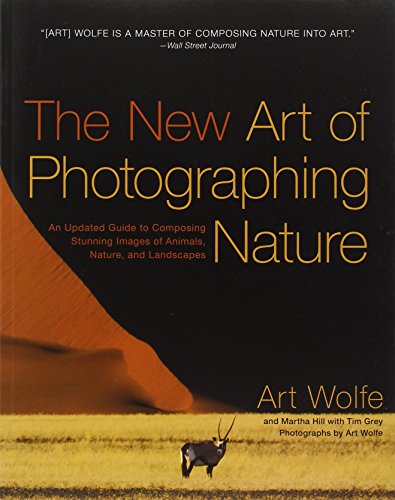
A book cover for The New Art of Photographing Nature: An Updated Guide to Composing Stunning Images of Animals, Nature, and Landscapes; Art Wolfe; Arts & Photography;